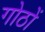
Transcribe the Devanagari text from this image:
गोठों